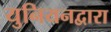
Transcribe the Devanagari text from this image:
युनियनद्वारा